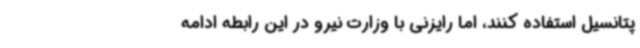
پتانسیل استفاده کنند، اما رایزنی با وزارت نیرو در این رابطه ادامه